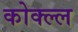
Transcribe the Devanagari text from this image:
कोक्ल्ल